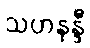
သဟနန္ဒီ